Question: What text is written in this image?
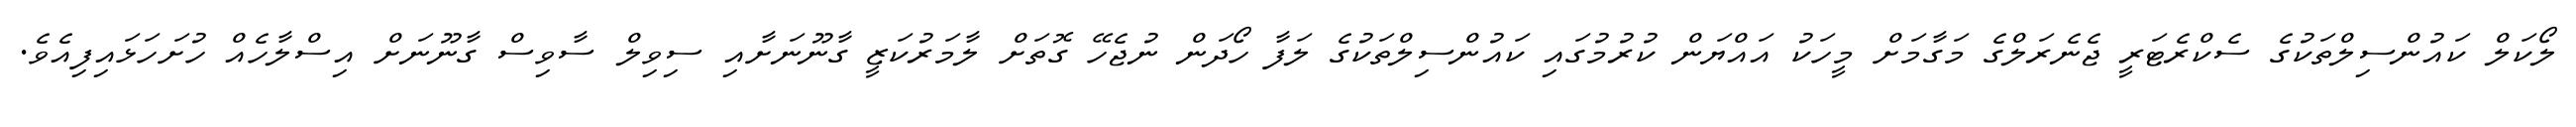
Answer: ލޯކަލް ކައުންސިލްތަކުގެ ސެކްރެޓަރީ ޖެނެރަލްގެ މަގާމަށް މީހަކު އައްޔަން ކުރުމުގައި ކައުންސިލްތަކުގެ ލަފާ ހޯދަން ނުޖެހޭ ގޮތަށް ލާމަރުކަޒީ ގާނޫނަށާއި ސިވިލް ސާވިސް ގާނޫނަށް އިސްލާހެއް ހުށަހަޅައިފިއެވެ.